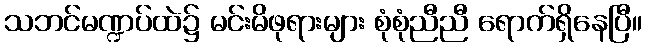
သဘင်မဏ္ဍပ်ထဲ၌ မင်းမိဖုရားများ စုံစုံညီညီ ရောက်ရှိနေပြီ။